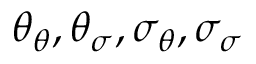
\theta _ { \theta } , \theta _ { \sigma } , \sigma _ { \theta } , \sigma _ { \sigma }